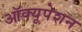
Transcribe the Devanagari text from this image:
ऑक्यूपेशन